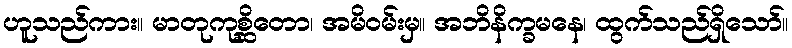
ဟူသည်ကား။ မာတုကုစ္ဆိတော၊ အမိဝမ်းမှ။ အဘိနိက္ခမနေ၊ ထွက်သည်ရှိသော်။